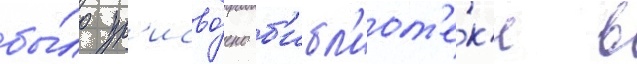
бы́ло пр'исво́ено б'ибл'иот'е́к'е в